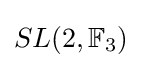
SL(2,\mathbb {F} _{3})